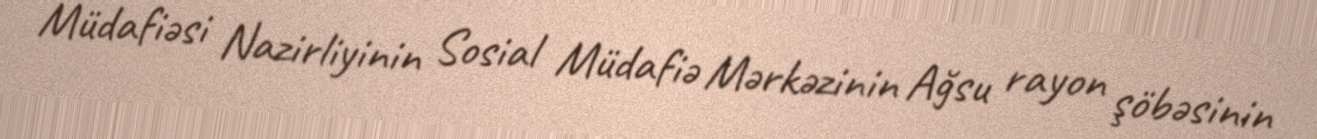
Müdafiəsi Nazirliyinin Sosial Müdafiə Mərkəzinin Ağsu rayon şöbəsinin